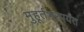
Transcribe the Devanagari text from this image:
मुहूर्तभरपर्यंत